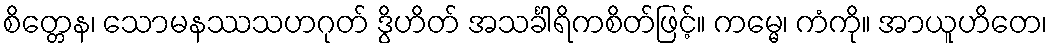
စိတ္တေန၊ သောမနဿသဟဂုတ် ဒွိဟိတ် အသင်္ခါရိကစိတ်ဖြင့်။ ကမ္မေ၊ ကံကို။ အာယူဟိတေ၊